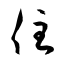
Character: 住